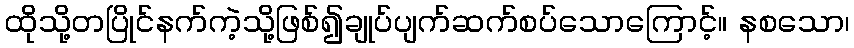
ထိုသို့တပြိုင်နက်ကဲ့သို့ဖြစ်၍ချုပ်ပျက်ဆက်စပ်သောကြောင့်။ နစသော၊